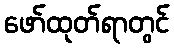
ဖော်ထုတ်ရာတွင်